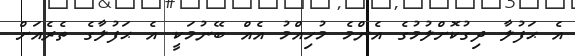
އެ ޙަފުލާ ދިގުކޮށްލުމުގެ އެންމެ މުހިއްމު އެއް ބޭނުމަކީ އެ ޙަފުލާގެ ތެރެއަށް